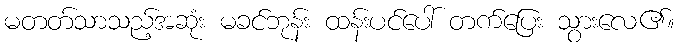
မတတ်သာသည့်အဆုံး မခင်ဘုန်း ထန်းပင်ပေါ် တက်ပြေး သွားလေ၏။